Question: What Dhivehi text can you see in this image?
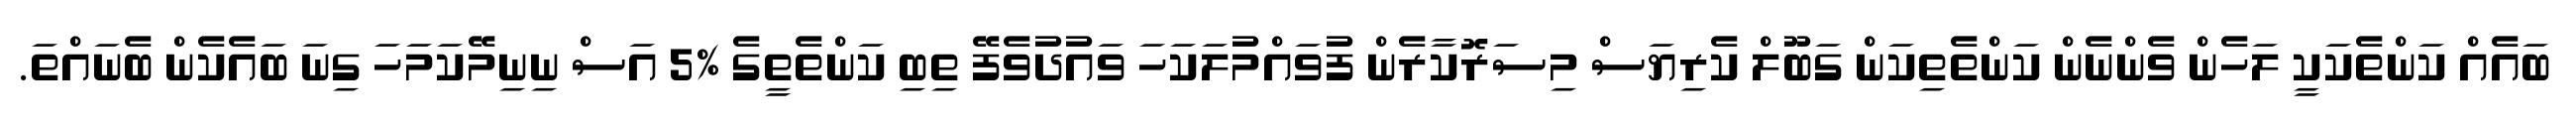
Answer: ބައެއް ކަންތެކަކީ ލަހެން ވެންނެން ކަންތެތިކަން ގަބޫލް ކެރިޔަސް މިސަރޮކާރެން ފުވައްމުލަކަހަ ވައުދުވެފޭ ތިބި ކަންތެތީގެ %5 އަސް ނިނިމޭކަމަހަ ގިނަ ބައެކެން ބެނައްތަ.